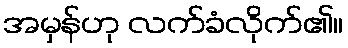
အမှန်ဟု လက်ခံလိုက်၏။